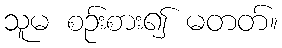
သူမ စဉ်းစား၍ မတတ်။